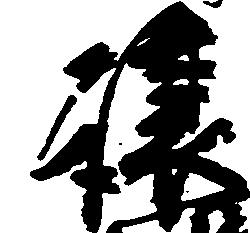
譲